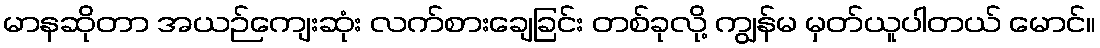
မာနဆိုတာ အယဉ်ကျေးဆုံး လက်စားချေခြင်း တစ်ခုလို့ ကျွန်မ မှတ်ယူပါတယ် မောင်။